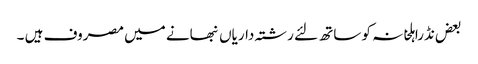
بعض نڈراہلخانہ کو ساتھ لئے رشتہ داریاں نبھانے میں مصروف ہیں ۔